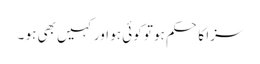
سزا کا حکم ہو تو کوئی ہو اور کہیں بھی ہو ۔